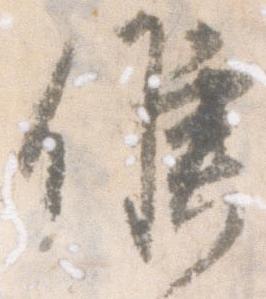
候